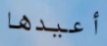
أعيدها